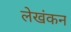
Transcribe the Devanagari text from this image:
लेखंकन